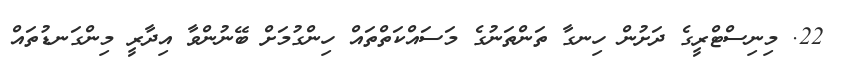
22. މިނިސްޓްރީގެ ދަށުން ހިނގާ ތަންތަނުގެ މަސައްކަތްތައް ހިންގުމަށް ބޭނުންވާ އިދާރީ މިންގަނޑުތައް